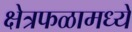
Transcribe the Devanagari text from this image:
क्षेत्रफळामध्ये